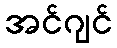
အင်ဂျင်